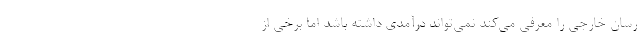
رسان خارجی را معرفی می‌کند نمی‌تواند درآمدی داشته باشد اما برخی از